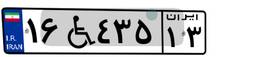
۱۶W۴۳۵۱۳